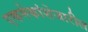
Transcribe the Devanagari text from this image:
एकमेकांशेजारील